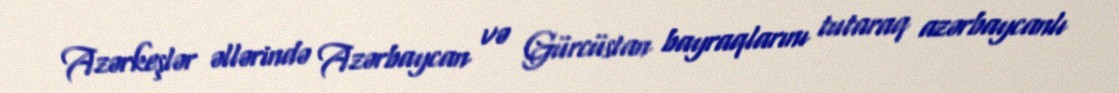
Azərkeşlər əllərində Azərbaycan və Gürcüstan bayraqlarını tutaraq azərbaycanlı